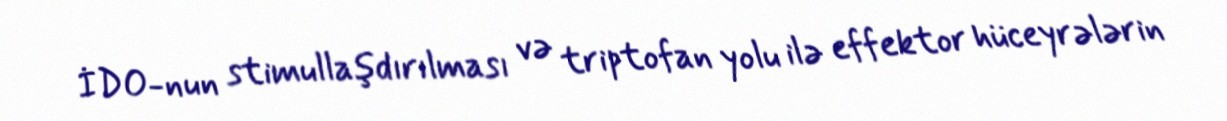
İDO-nun stimullaşdırılması və triptofan yolu ilə effektor hüceyrələrin